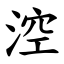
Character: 涳